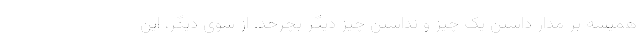
همیشه بر مدار داشتن یک چیز و نداشتن چیز دیگر بچرخد. از سوی دیگر، این